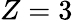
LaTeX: Z=3